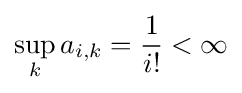
\sup _{k}a_{i,k}={\frac {1}{i!}}<\infty